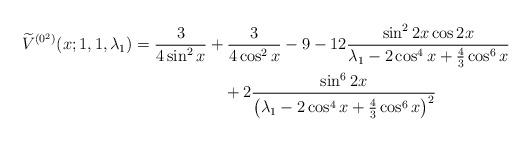
LaTeX: \begin{gather*} \widetilde{V}^{(0^{2})}(x;1,1,\lambda _{1}) = \frac{3}{4\sin^2 x} + \frac{3}{4\cos^2 x} - 9 - 12 \frac{\sin^2 2x \cos 2x}{\lambda_1 - 2 \cos^4 x + \frac{4}{3} \cos^6 x} \\\hphantom{\widetilde{V}^{(0^{2})}(x;1,1,\lambda _{1}) =}{}+ 2 \frac{\sin^6 2x}{\big(\lambda_1 - 2 \cos^4 x + \frac{4}{3} \cos^6 x \big)^2}\end{gather*}